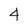
Character: 4